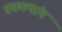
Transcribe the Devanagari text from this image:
प्रकल्पांचं